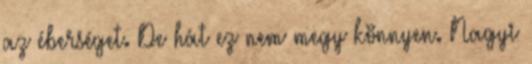
az éberséget. De hát ez nem megy könnyen. Nagyi